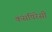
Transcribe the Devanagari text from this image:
कंसपिरेसी